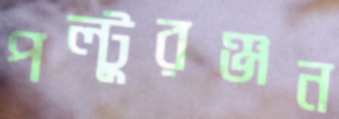
পল্টুরঞ্জন